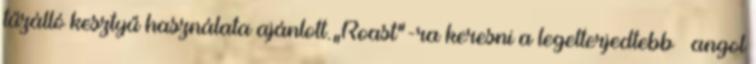
tűzálló kesztyű használata ajánlott.„Roast”-ra keresni a legelterjedtebb – angol